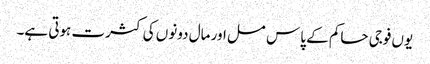
یوں فوجی حاکم کے پاس مسل اور مال دونوں کی کثرت ہوتی ہے۔